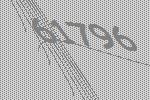
61796